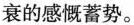
衰的感慨蓄势。